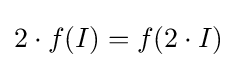
2\cdot f(I)=f(2\cdot I)